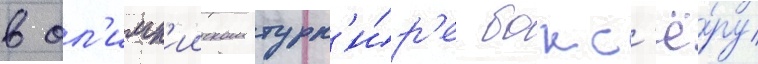
в ол'имп'ииском турн'и́р'е бокс'ё́ру